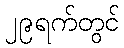
၂၉ရက်တွင်